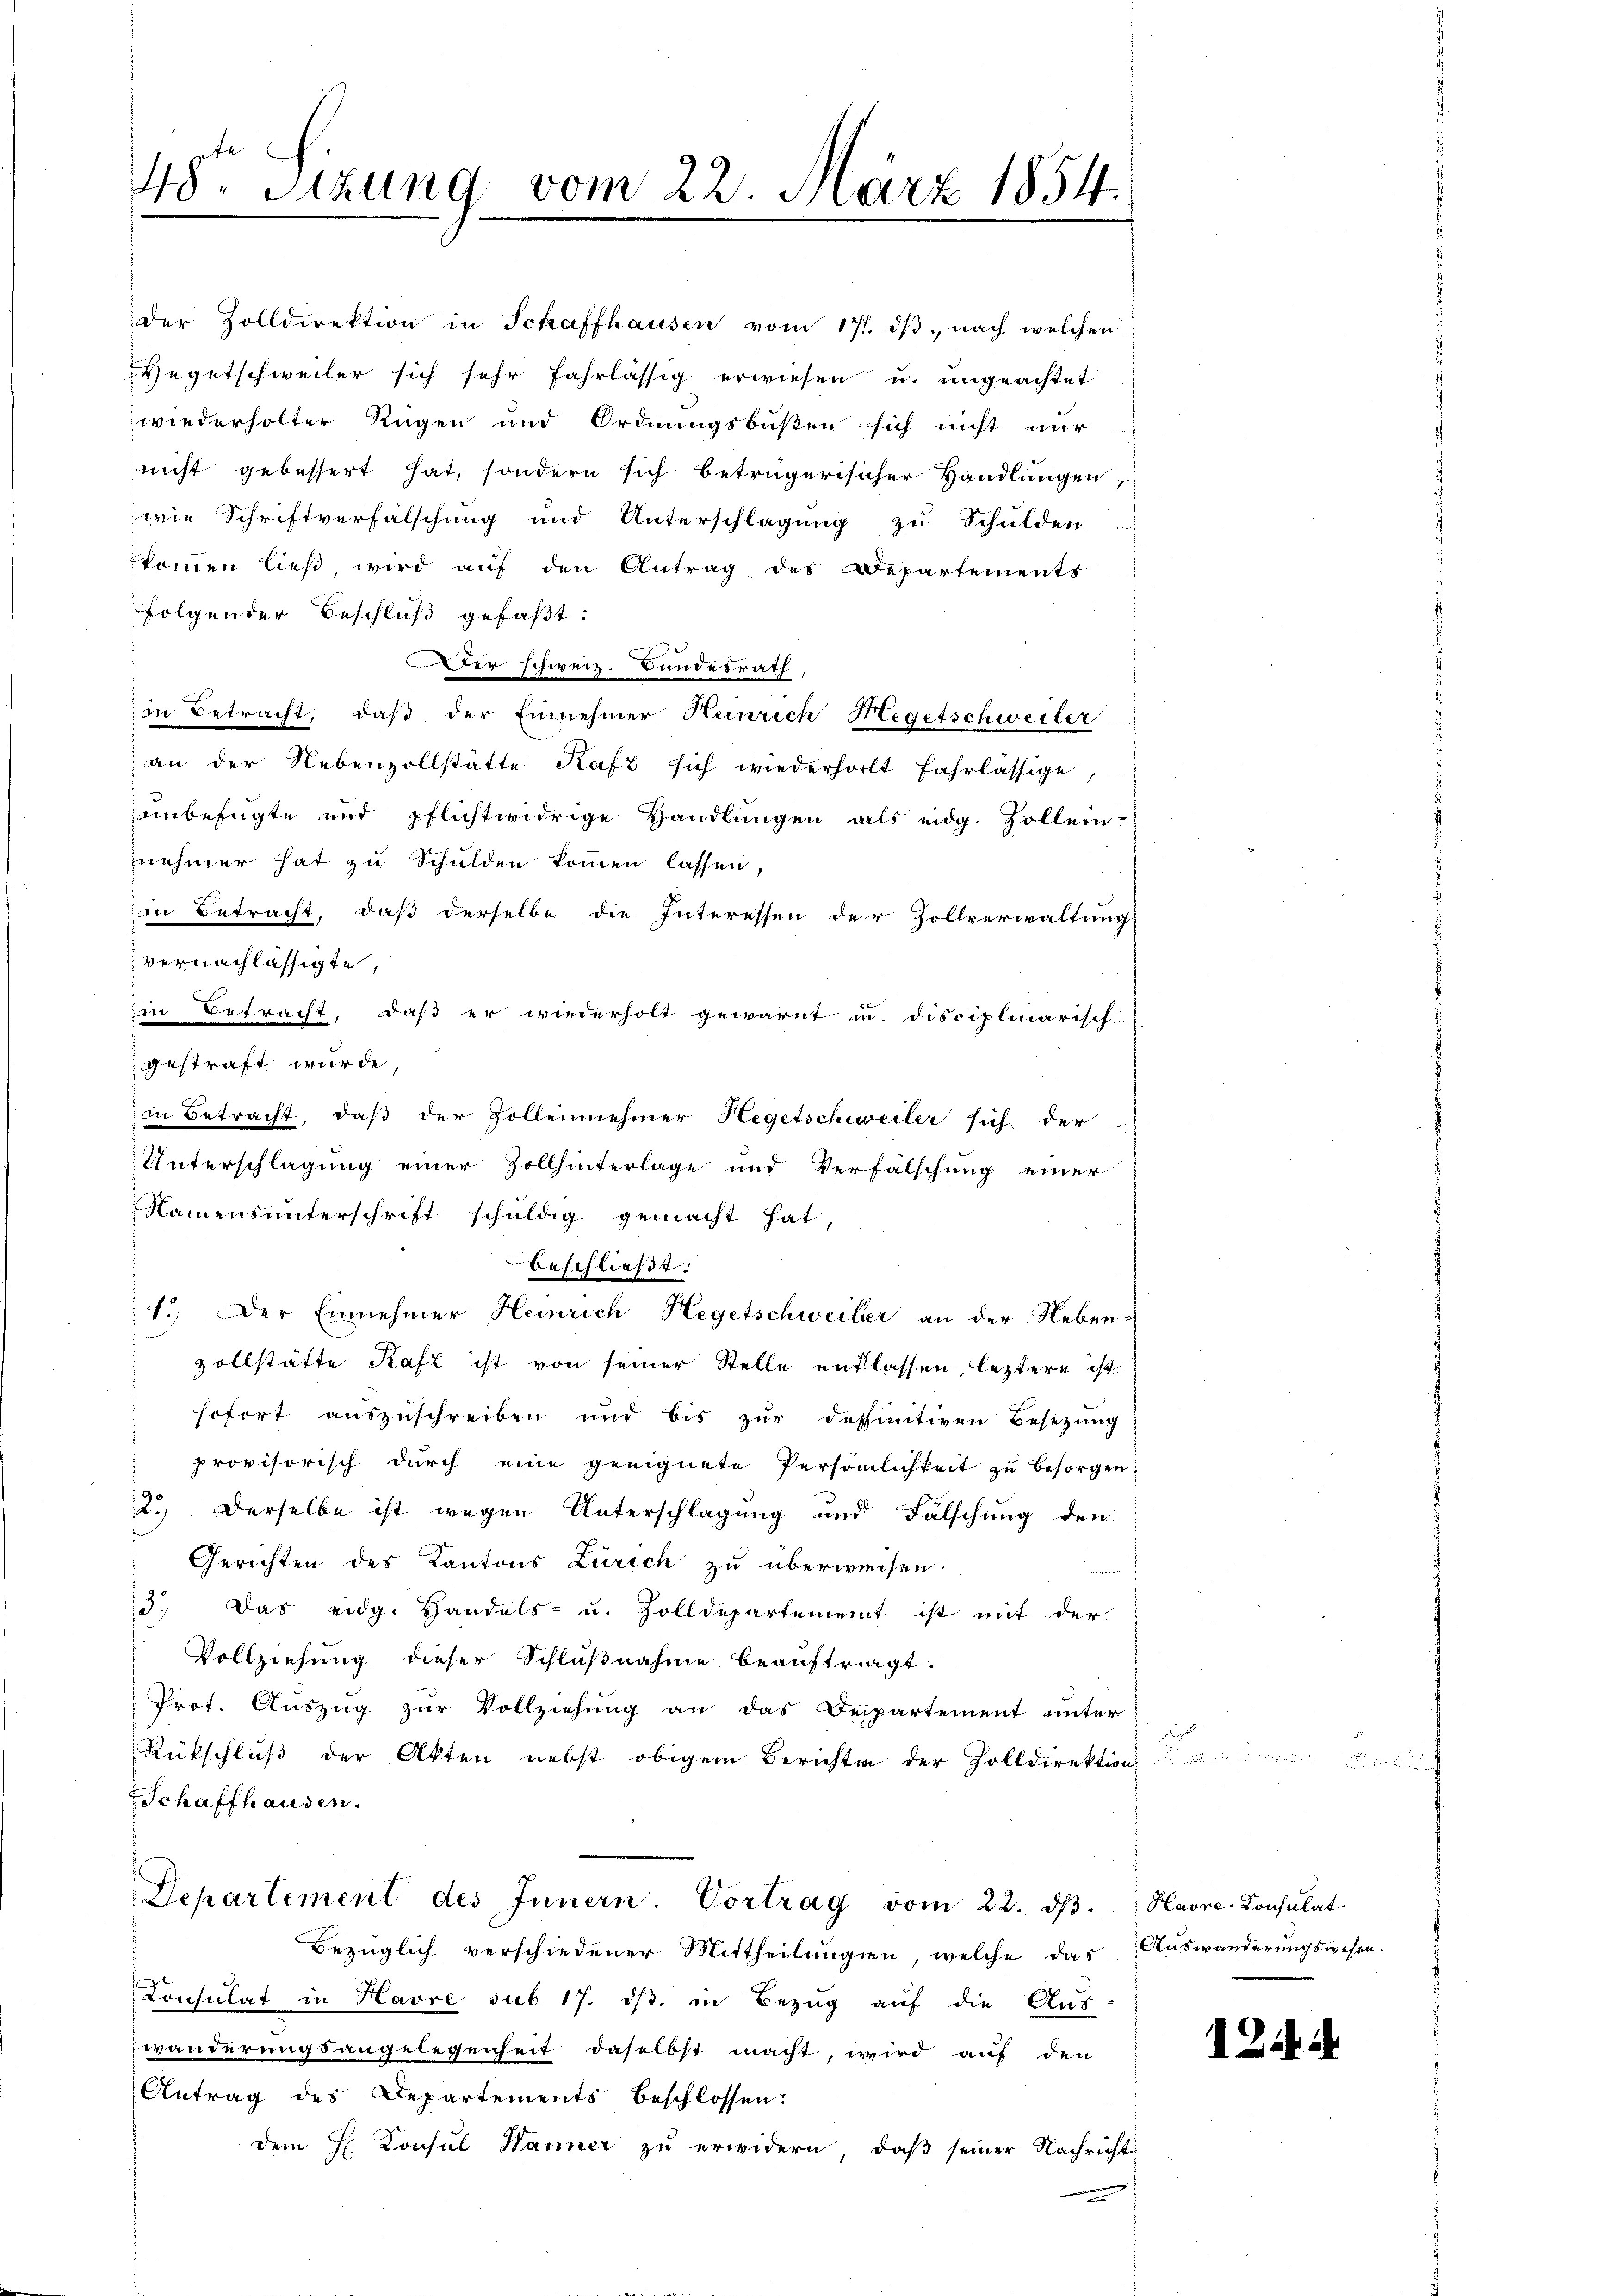
48te Sizung vom 22. März 1854.
.

folgender Beschluß gefaßt:
Der schweiz. Bundesrath,
in Betracht, daß der Einnehmer Heinrich Hegetschweiter
an der Nebenzollstätte Rafz sich wiederholt Fahrlässige,
ainbefugte und pflichtwidrige Handlungen als eidg. Zollen-
nehmer hat zu Schulden kommen lassen,
in Betracht, daß derselbe die Interessen der Zollverwaltung
vernachlässigte,
in Betracht, daß er wiederholt gewarnt u. disciplinarisch-
gestraft wurde,
in Betracht, daß der Zollennehmer Hegetschweiler sich der
Unterschlagung einer Zollhinterlage und Verfälschung einer
Namensunterschrift schuldig gemacht hat,
beschließt:
1.) Der Einnehmer Heinrich Hegetschweiber an der Neben-
vollstätte Kafz ist von seiner Stelle entlassen, leztere ist
sofort auszuschreiben und bis zur dessinitiven Besetzung
provisorisch durch eine geeignete Persönlichkeit zu besorgen
2.) Derselbe ist wegen Unterschlagung und Fälschung den
Gerichten des Kantons Zürich zu überweisen.
d. Das eidg. Handels- u. Zolldepartement ist mit der
Vollziehung dieser Schlußnahme beauftragt.
Prot. Auszug zur Vollziehung an das Departement unter
Rückschluß der Akten nebst obigem Berichten der Zolldirektion
Schaffhausen.
Departement des Innern. Vortrag vom 22. dβ. Havre-Konsulat
Bezüglich verschiedener Mittheilungen, welche das Auswanderungswesen.
Consulat in Havre sub 17. ist. in Bezug auf die Aus-
wanderungsangelegenheit daselbst macht, wird auf den
Antrag des Departements beschlossen:
dem H. Konsul Hanner zu erwidern, daß seiner Nachricht

der Zolldirektion in Schaffhausen vom 17. dβ. nach welchen
Gegetschweiler sich sehr fahrlässig erwiesen u. ungeachtet
wiederholter Ragen und Ordnungsbußen sich nicht nur
nicht gebessert hat, sondern sich betrügerischer Handlungen
wie Schriftverfälschung und Unterschlagung zu Schulden
kommen ließ, wird auf den Antrag des Departements

1244